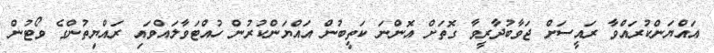
އައްޔަންކުރައްވާ ރައީސަށް ޖަވާބުދާރީވާ ގޮތަށް އޮންނަ ކަތީބުން އައްޔަންކުރުން ހުއްޓަވާލައްވައި ރައްޔިތުންގެ ވޯޓުން